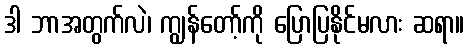
ဒါ ဘာအတွက်လဲ၊ ကျွန်တော့်ကို ပြောပြနိုင်မလား ဆရာ။